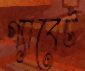
গ্যাবেট